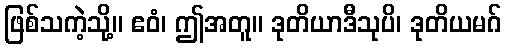
ဖြစ်သကဲ့သို့။ ဧဝံ၊ ဤအတူ။ ဒုတိယာဒီသုပိ၊ ဒုတိယမဂ်